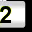
Digit: 2